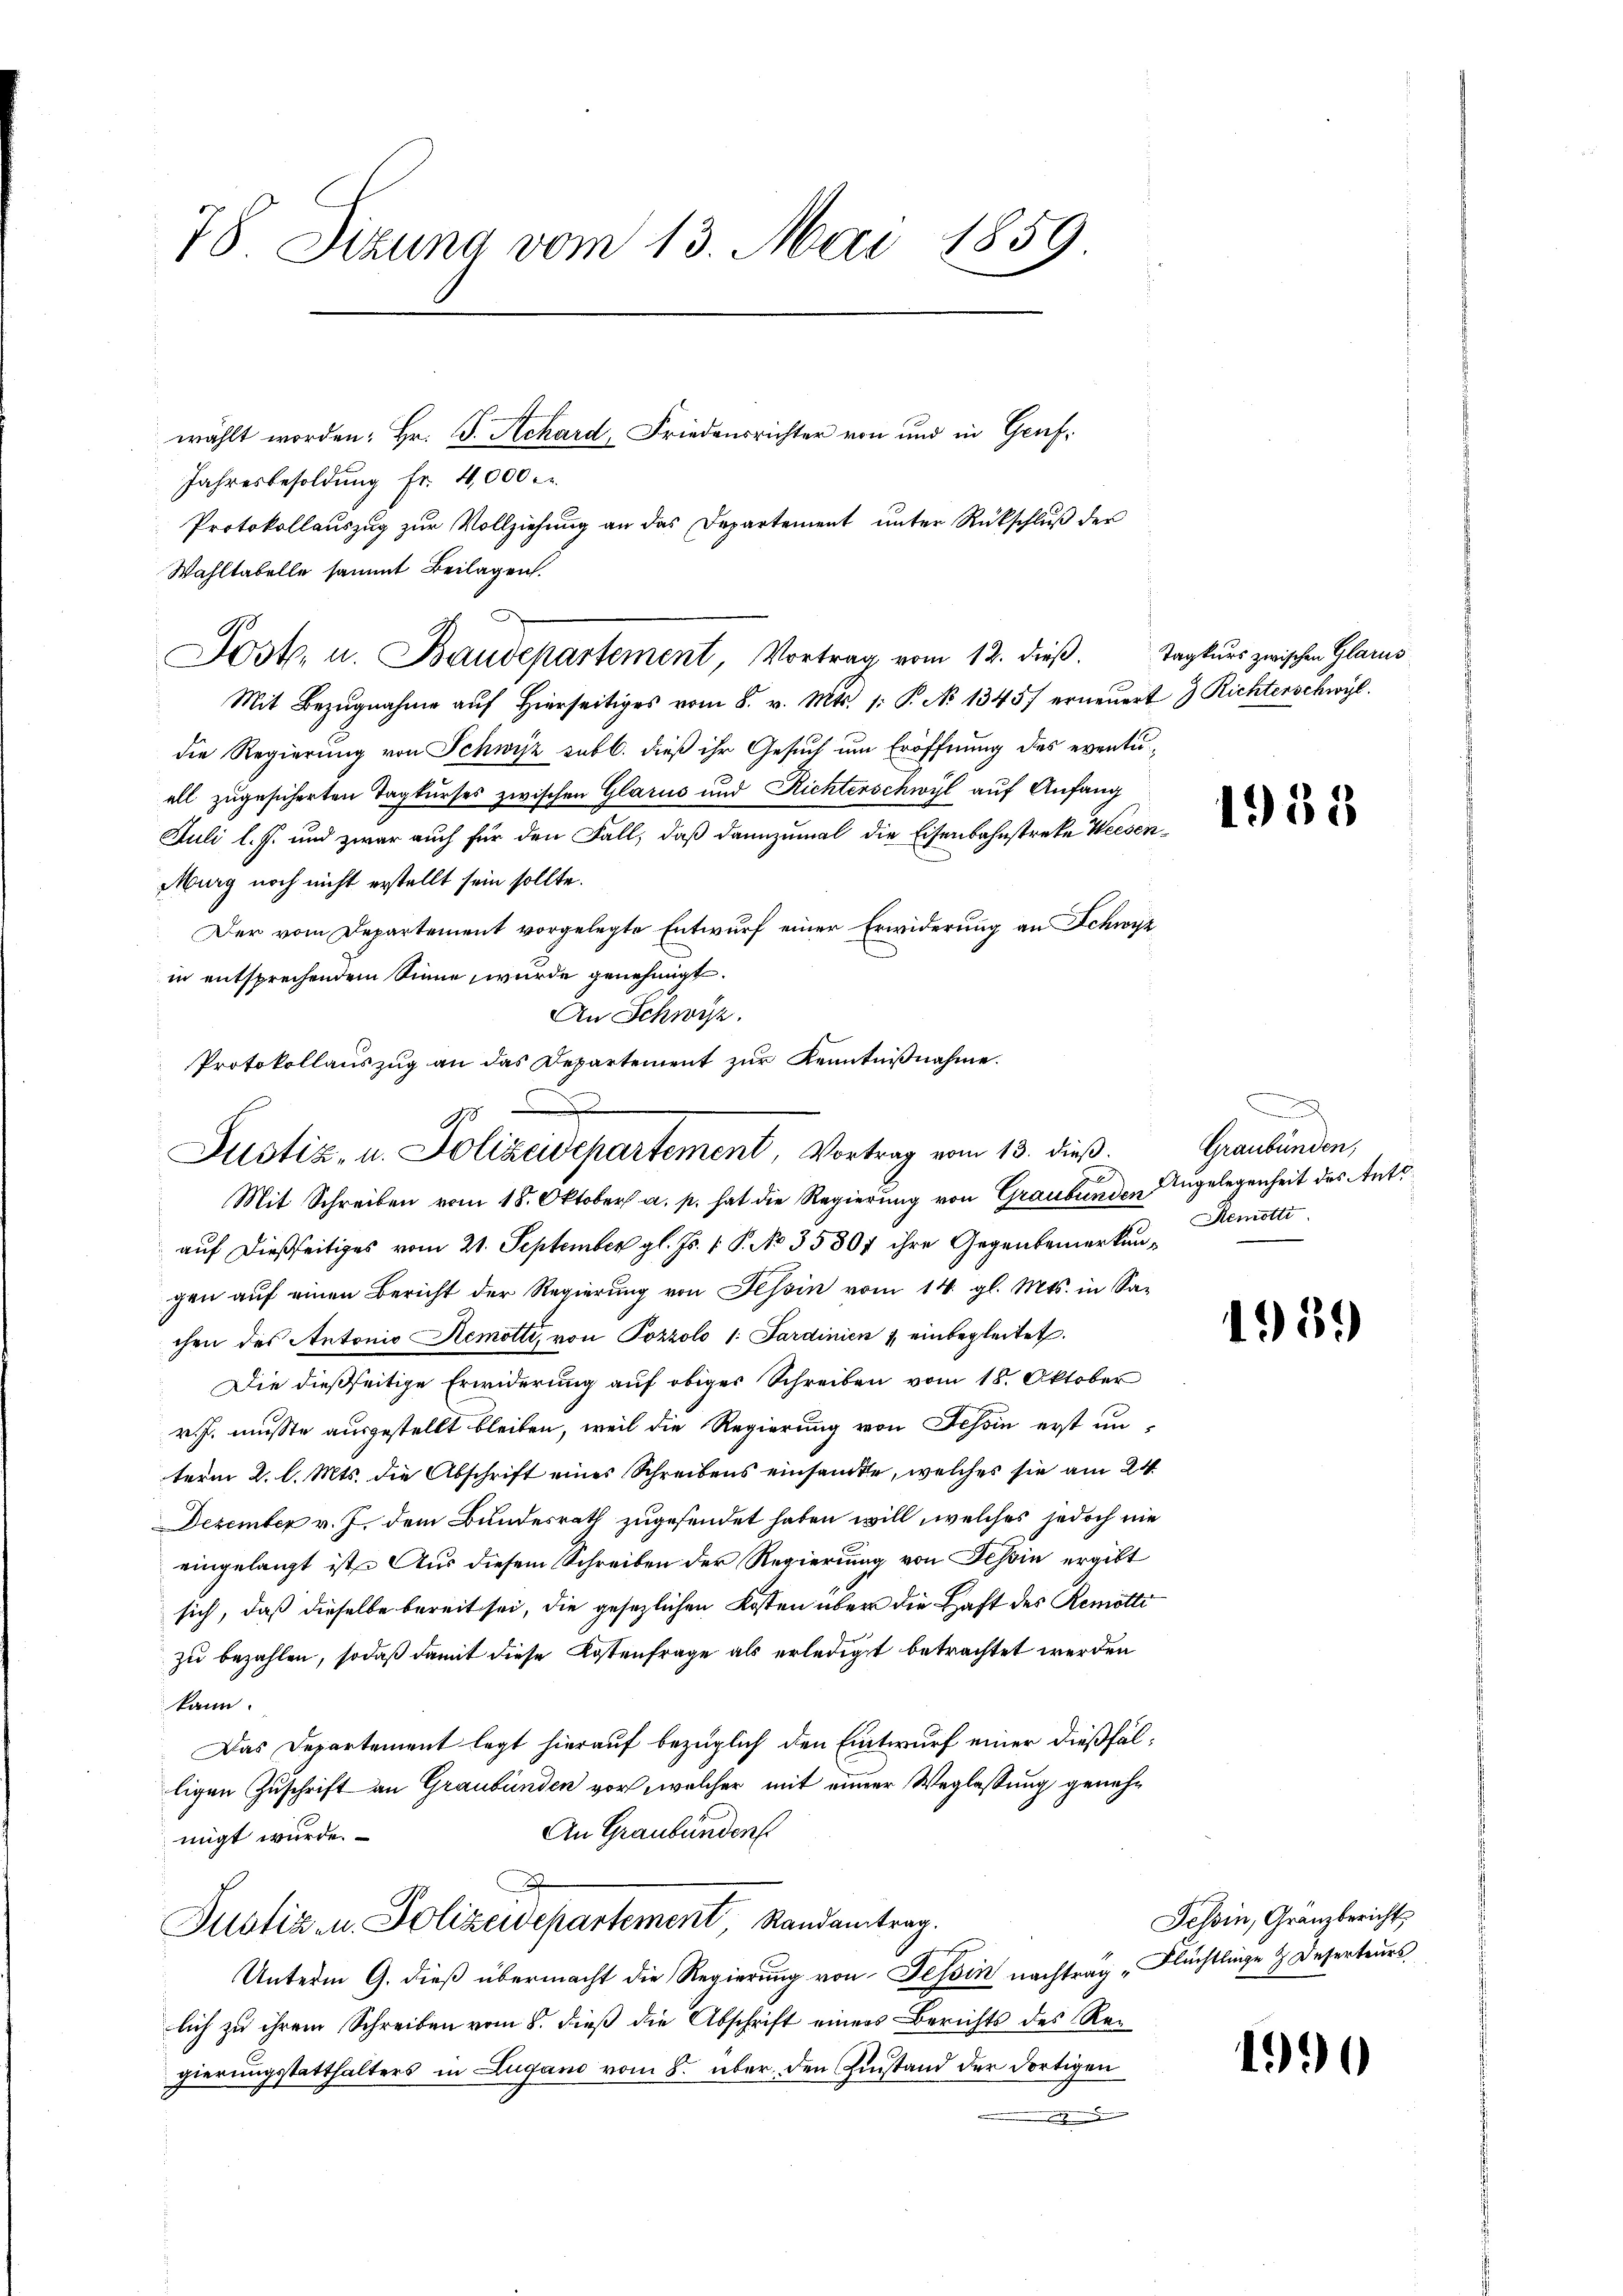
78 Sizung vom 13. Mai 1859

Jahresbesoldŭng fr. 4000 Fr.
Wahltabelle sammt Beilagen.
Jost. u. Baudepartement, Vortrag vom 12. dieβ.
Mit Bezŭgnahme aŭf hierseitiges vom 8. v. Mts. 1. P. No 1345) erneue
die Regierung von Schwyz subl. dieß ihr Gesuch um Eröffnung des eventiell zugesicherten Tagkurses zwischen Glarus und Richterschwyl auf Anfang
Juli l. J. und zwar auch für den Fall, daß dannzumal die Eisenbahnstreke Weese¬
Murg noch nicht erstellt sein sollte.
Der vom Departement vorgelegte Entwurf einer Erwiderung an Schwy
in entsprechendem Sinne wurde genehmigt.
An Schwyz.
Mit Schreiben vom 18. Oktober a. p. hat die Regierung von Graubünden Angelegenheit des Antoauf dießseitiges vom 21. September gl. Js. v. P. No 35807 ihre Gegenbemerkungen auf einen Bericht der Regierung von Tessin vom 14. gl. Mts. in Sa
chen des Antonio Remotti, von Pozzolo 1: Sardinien 1, einbegleitet.
Die dießseitige Erwiderung auf obiger Schreiben vom 18. Oktober
r. J. musste ausgestellt bleiben, weil die Regierung von Schin erst unterm 2. l. Mts. die Abschrift eines Schreibens einsamte, welches sie am 24.
Dezember v. J. dem Bundesrath zugesendet haben will, welches jedoch
eingelangt ist. Aus diesem Schreiben der Regierung von Tessin ergibt
sich, daß dieselbe bereit sei, die gesezlichen Kosten über die Haft des Remotti
zu bezahlen, sodaß damit diese Kostenfrage als erledigt betrachtet werden
kann.
Das Departement legt hierauf bezüglich den Entwurf einer dießfälligen Zuschrift an Graubünden vor, welcher mit einer Weglassung geneh¬
An Graubünden
migt wurde.
Justiz u. Polizeidepartement, Randantrag.
E
Unterm 9. dieß übermacht die Regierung von Tessin nachtrag „Flüchtlinge & Deserteurs
lich zu ihrem Schreiben vom 8. dieß die Abschrift einers Berichts des Regierungsstatthalters in Lugano vom 8. über den Einstand der dortigen
A

Protokollauszug an das Departement zur Kenntnißnahme.
8
Justiz- u. Polizeidepartement, Vortrag vom 13. dieβ.

wählt worden: Hr. J. Achard, Friedensrichter von und in Genf¬
Protokollauszug zur Vollziehung an das Departement ŭnter Rückschlŭβ der

Tagkurs zwischen Glarus
et 3 Richterschwyl

2

in

1958

n
Graubünden;
Remotti

1959

Tessin, Granzbericht

1990